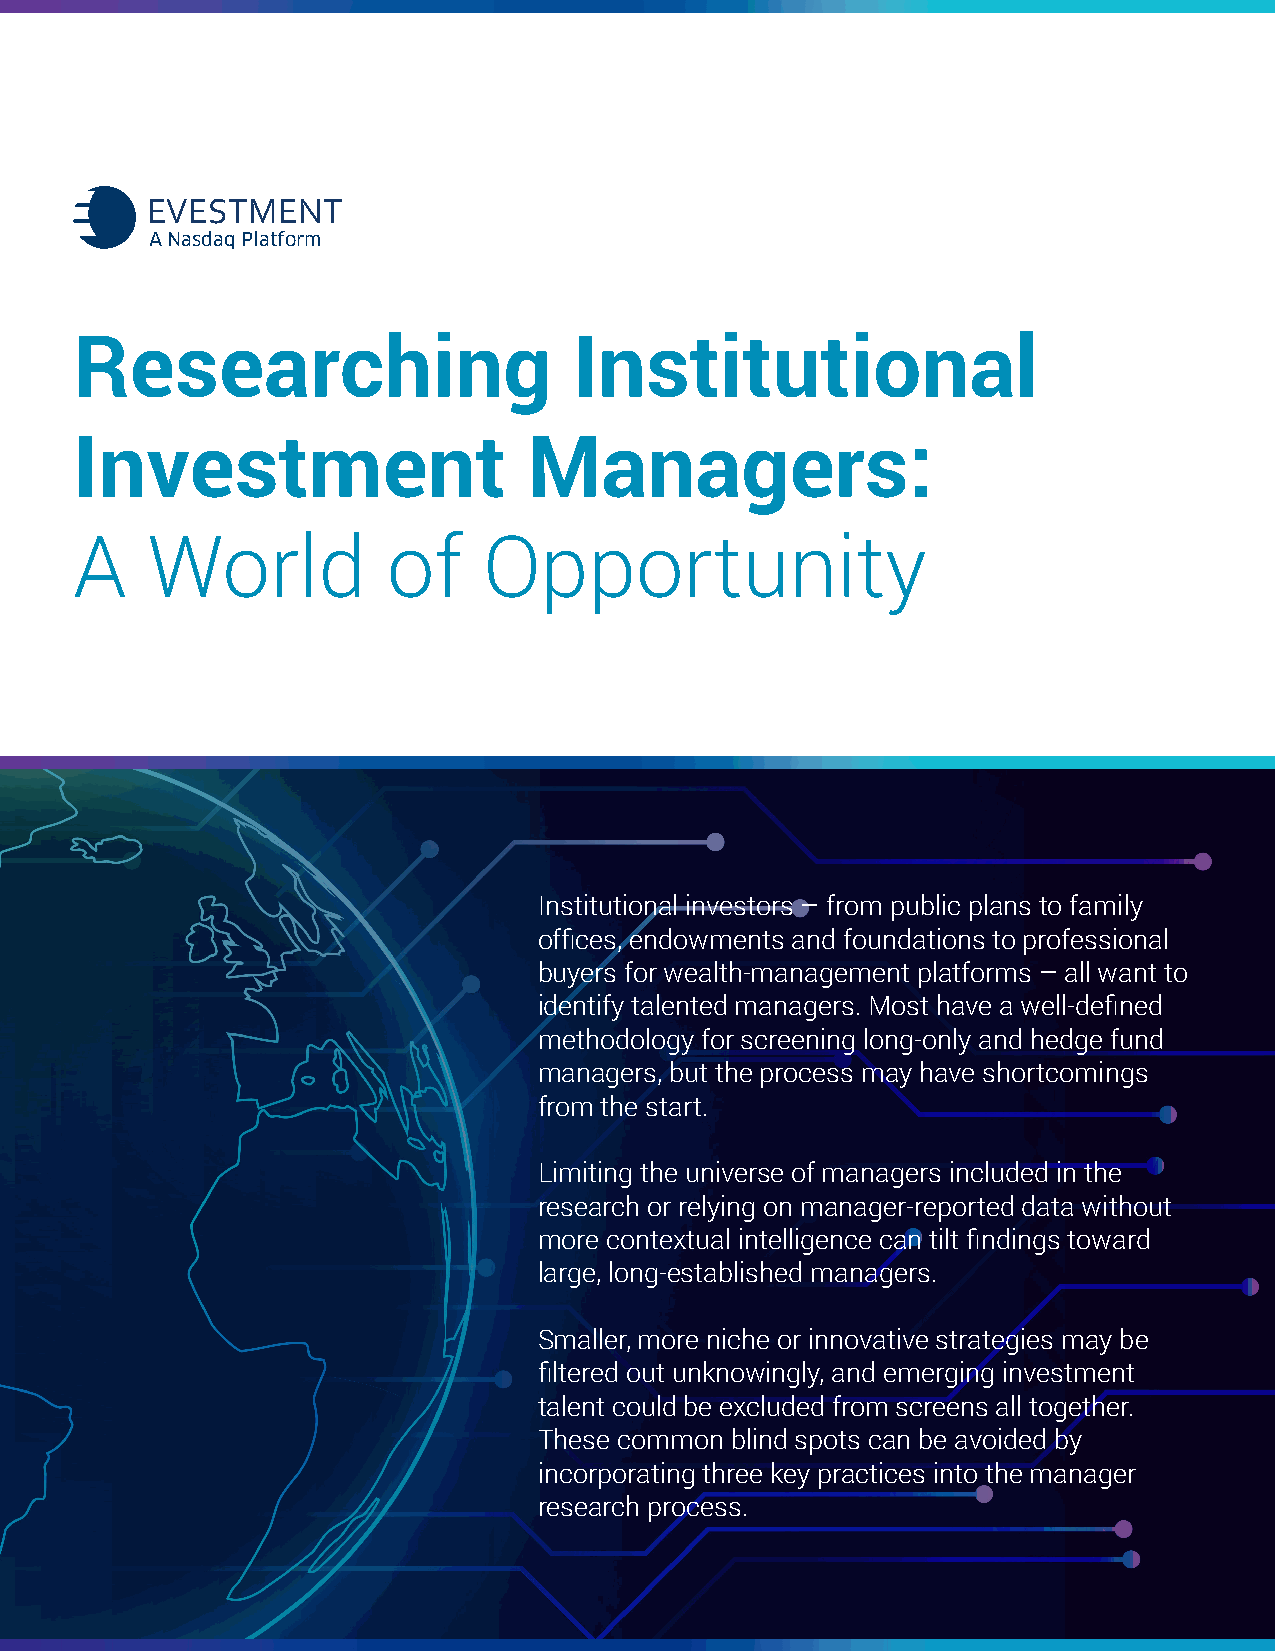
EVESTMENT
 A Nasdaq Platform
 Researching                      Institutional
 Investment                    Managers:
 A    World           of    Opportunity
 Institutional investors – from public plans to family
 offices, endowments and foundations to professional
 buyers for wealth-management platforms – all want to
 identify talented managers. Most have a well-defined
 methodology for screening long-only and hedge fund
 managers, but the process may have shortcomings
 from the start.
 Limiting the universe of managers included in the
 research or relying on manager-reported data without
 more contextual intelligence can tilt findings toward
 large, long-established managers.
 Smaller, more niche or innovative strategies may be
 filtered out unknowingly, and emerging investment
 talent could be excluded from screens all together.
 These common blind spots can be avoided by
 incorporating three key practices into the manager
 research process.